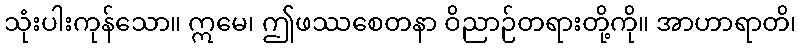
သုံးပါးကုန်သော။ ဣမေ၊ ဤဖဿစေတနာ ဝိညာဉ်တရားတို့ကို။ အာဟာရာတိ၊